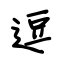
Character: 逗